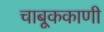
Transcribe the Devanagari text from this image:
चाबूककाणी